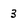
Character: 3